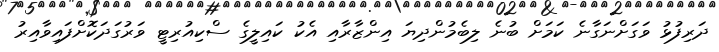
ދަރިފުޅު ވަގަށްނަގާނެ ކަމަށް ބުނެ ލިބެމުންދިޔަ އިންޒާރާއި އެކު ކައިލީގެ ސްކިއުރިޓީ ވަރުގަދަކޮށްފައިވާއިރު